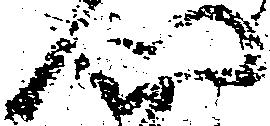
門